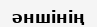
әншінің